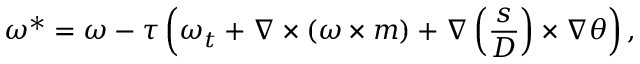
\omega ^ { * } = \omega - \tau \left( \omega _ { t } + \nabla \times ( \omega \times m ) + \nabla \left( \frac { s } { D } \right) \times \nabla \theta \right) ,